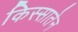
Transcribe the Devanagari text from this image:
किस्सातेन